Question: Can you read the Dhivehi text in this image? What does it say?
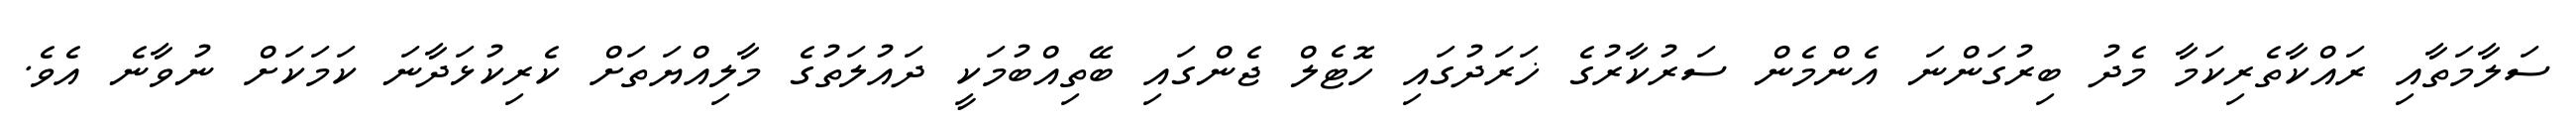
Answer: ސަލާމަތާއި ރައްކާތެރިކަމާ މެދު ބިރުގަންނަ އެންމެން ސަރުކާރުގެ ޚަރަދުގައި ހޮޓެލް ޖެންގައި ބޭތިއްބުމަކީ ދައުލަތުގެ މާލިއްޔަތަށް ކެރިކުޅަދާނަ ކަމަކަށް ނުވާނެ އެވެ.